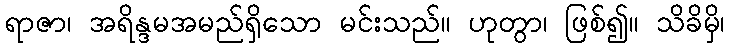
ရာဇာ၊ အရိန္ဒမအမည်ရှိသော မင်းသည်။ ဟုတွာ၊ ဖြစ်၍။ သိခိမှိ၊